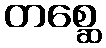
တစ္ဆေ